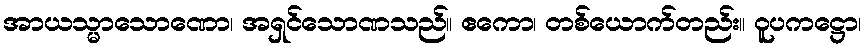
အာယသ္မာသောဏော၊ အရှင်သောဏသည်။ ဧကော၊ တစ်ယောက်တည်း။ ဝူပကဋ္ဌော၊